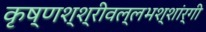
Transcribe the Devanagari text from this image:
कृष्णश्श्रीवल्लभश्शांर्गी